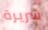
شريرة